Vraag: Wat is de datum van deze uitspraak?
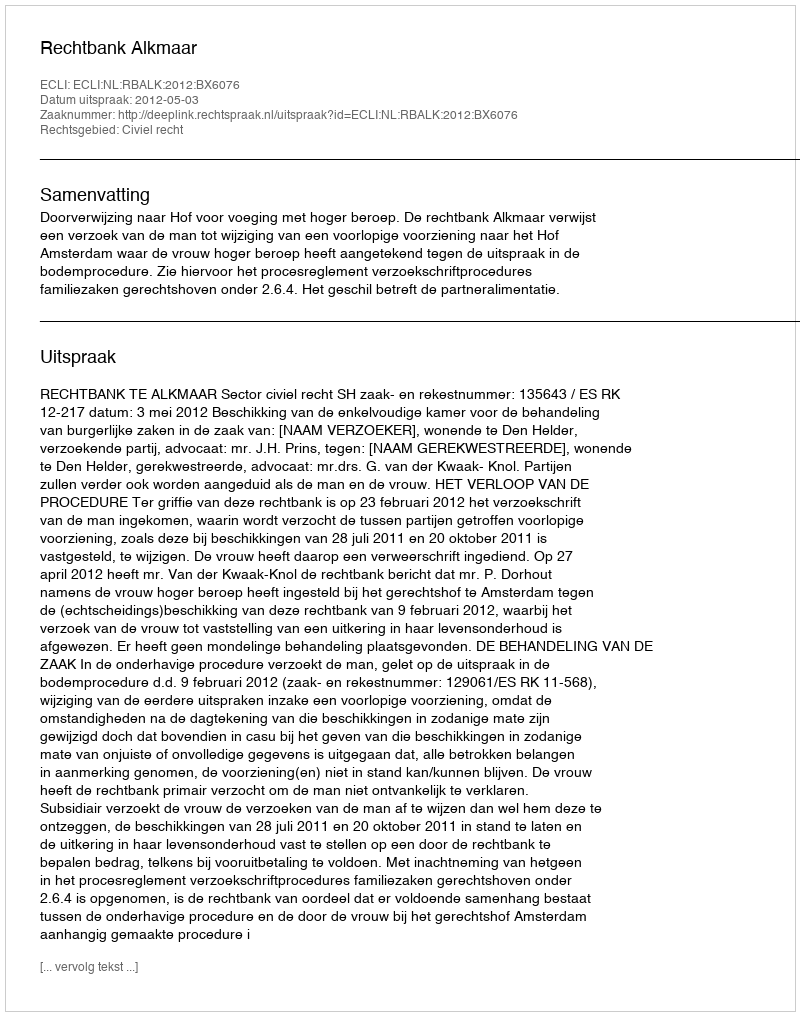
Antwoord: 2012-05-03